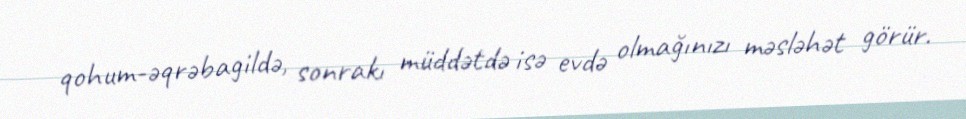
qohum-əqrəbagildə, sonrakı müddətdə isə evdə olmağınızı məsləhət görür.